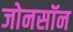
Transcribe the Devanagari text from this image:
जोनसॉन